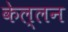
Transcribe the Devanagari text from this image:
केल्लन